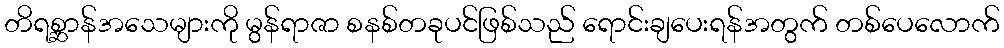
တိရစ္ဆာန်အသေများကို မွန်ရာဇာ စနစ်တခုပင်ဖြစ်သည် ရောင်းချပေးရန်အတွက် တစ်ပေလောက်